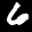
Label: 6